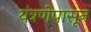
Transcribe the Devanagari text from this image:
यंत्रणेपासून